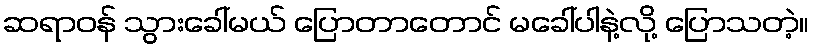
ဆရာဝန် သွားခေါ်မယ် ပြောတာတောင် မခေါ်ပါနဲ့လို့ ပြောသတဲ့။